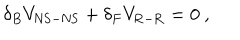
LaTeX: \delta _ { B } V _ { \mathrm { N S - N S } } + \delta _ { F } V _ { \mathrm { R - R } } = 0 ~ ,